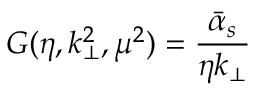
{ \cal G } ( \eta , k _ { \bot } ^ { 2 } , \mu ^ { 2 } ) = \frac { \bar { \alpha } _ { s } } { \eta k _ { \bot } } \,